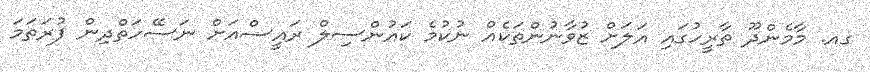
ގއ. މާމެންދޫ ތާރީހުގައި އަލަށް ޒުވާނުންތަކެއް ނުކުމެ ކައުންސިލް ރައީސްއަށް ނަސޭހަތްދިން ފުރަތަމަ